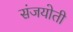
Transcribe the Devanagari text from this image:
संजयोती